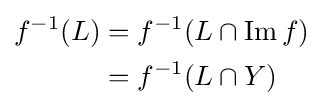
{\begin{alignedat}{4}f^{-1}(L)&=f^{-1}(L\cap \operatorname {Im} f)\\&=f^{-1}(L\cap Y)\end{alignedat}}